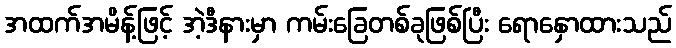
အထက်အမိန့်ဖြင့် အဲ့ဒီနားမှာ ကမ်းခြေတစ်ခုဖြစ်ပြီး ရောနှောထားသည်